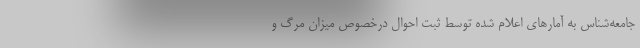
جامعه‌شناس به آمارهای اعلام شده توسط ثبت احوال درخصوص میزان مرگ و